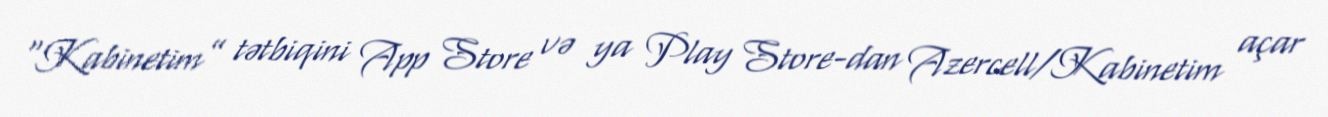
“Kabinetim” tətbiqini App Store və ya Play Store-dan Azercell/Kabinetim açar